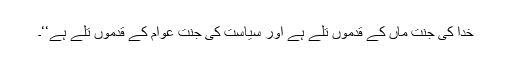
خُدا کی جنت ماں کے قدموں تلے ہے اور سیاست کی جنت عوام کے قدموں تلے ہے‘‘۔